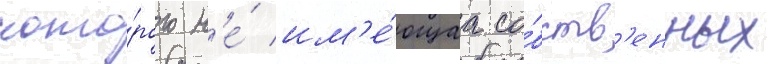
кото́рого н'е́ им'е́ющаа со́бств'енных